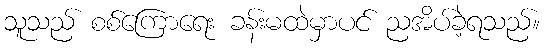
သူသည် စစ်ကြောရေး ခန်းမထဲမှာပင် ညအိပ်ခဲ့ရသည်။